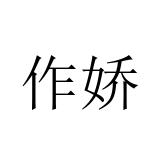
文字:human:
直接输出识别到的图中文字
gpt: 作娇